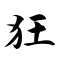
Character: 狂